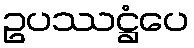
ဥပဿဋ္ဌံပေ